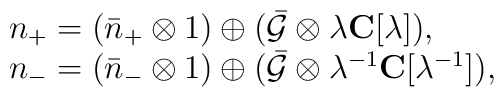
\begin{array}{l}n_+=(\bar{n}_+\otimes 1)\oplus (\bar{{\cal G}}\otimes \lambda{\bf C}[\lambda]),\\n_-=(\bar{n}_-\otimes 1)\oplus (\bar{{\cal G}}\otimes\lambda^{-1}{\bf C}[\lambda^{-1}]),\end{array}